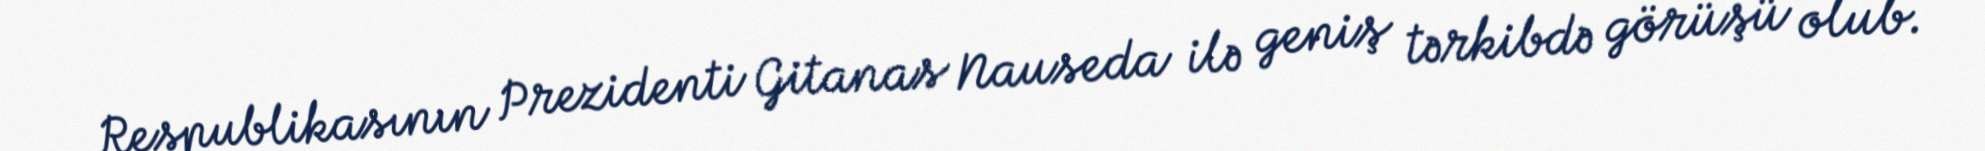
Respublikasının Prezidenti Gitanas Nauseda ilə geniş tərkibdə görüşü olub.